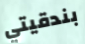
بندقيتي